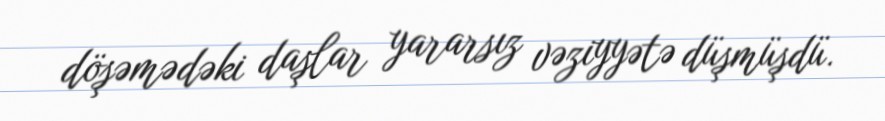
döşəmədəki daşlar yararsız vəziyyətə düşmüşdü.